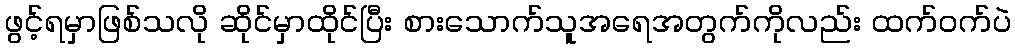
ဖွင့်ရမှာဖြစ်သလို ဆိုင်မှာထိုင်ပြီး စားသောက်သူအရေအတွက်ကိုလည်း ထက်ဝက်ပဲ